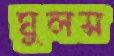
ঘুলস